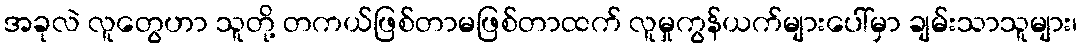
အခုလဲ လူတွေဟာ သူတို့ တကယ်ဖြစ်တာမဖြစ်တာထက် လူမှုကွန်ယက်များပေါ်မှာ ချမ်းသာသူများ၊